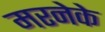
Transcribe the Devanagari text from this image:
मरनेके